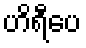
ဟိရီပေ